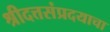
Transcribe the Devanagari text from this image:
श्रीदत्तसंप्रदयाचा